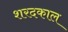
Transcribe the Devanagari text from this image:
शरदकाल